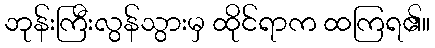
ဘုန်းကြီးလွန်သွားမှ ထိုင်ရာက ထကြရ၏။